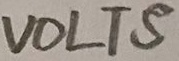
Text: VOLTS